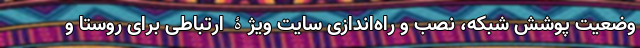
وضعیت پوشش شبکه، نصب و راه‌اندازی سایت ویژۀ ارتباطی برای روستا و